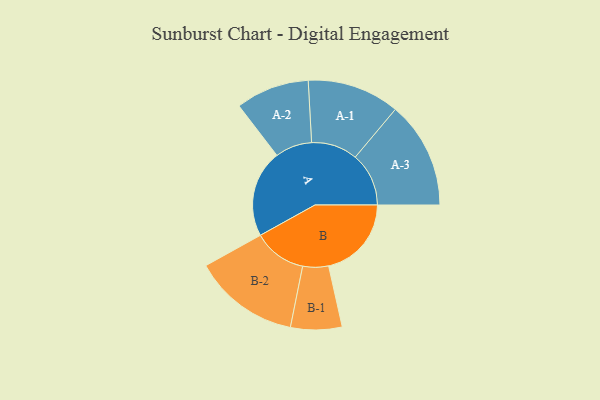
{"axis": {"x": "Segment", "y": "Value"}, "legend": ["", "A", "B"], "data": [{"x": "A", "y": 455, "type": ""}, {"x": "B", "y": 432, "type": ""}, {"x": "A-1", "y": 241, "type": "A"}, {"x": "A-2", "y": 192, "type": "A"}, {"x": "A-3", "y": 279, "type": "A"}, {"x": "B-1", "y": 134, "type": "B"}, {"x": "B-2", "y": 277, "type": "B"}]}